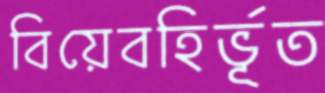
বিয়েবহির্ভূত